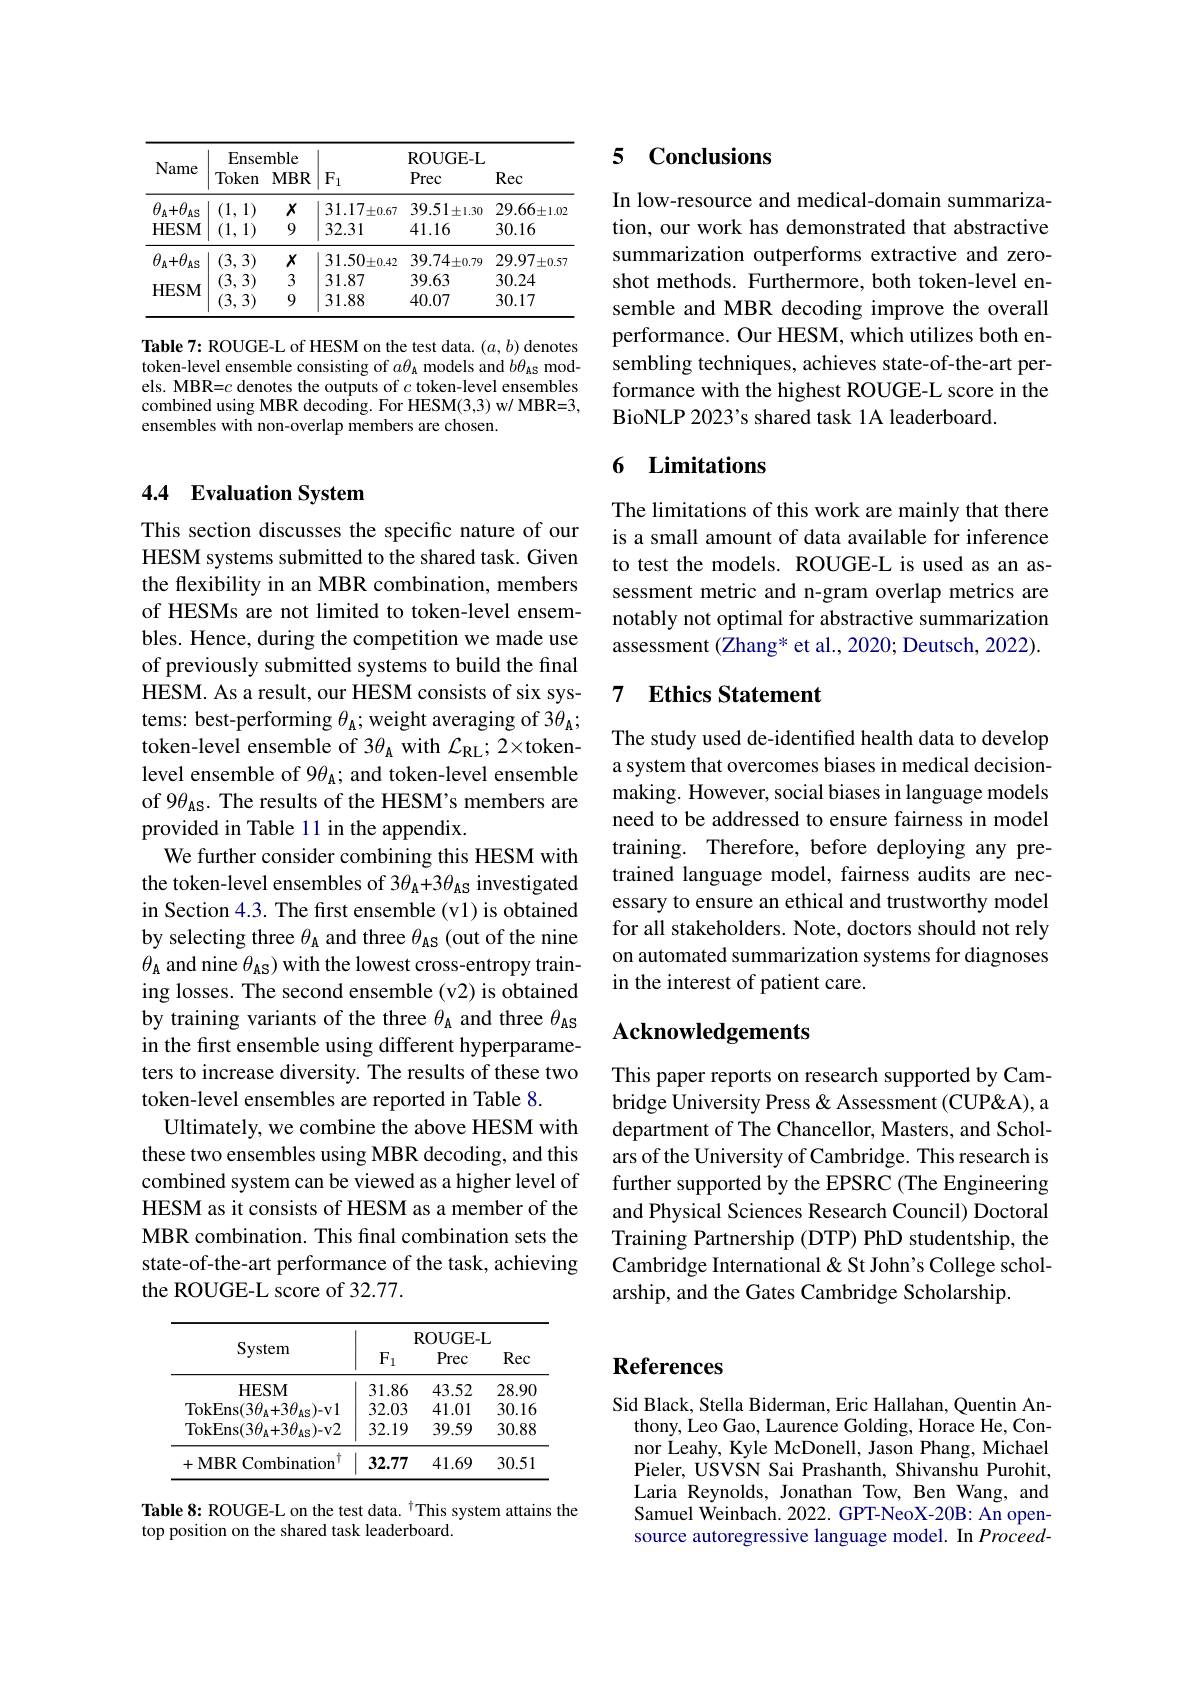
<table>
	<tbody>
		<tr>
			<th>Name</th>
			<th>Ense Token</th>
			<th>mble $MBR$</th>
			<th>$F_{1}$</th>
			<th>ROUGE- L Prec</th>
			<th>Rec</th>
		</tr>
		<tr>
			<td>$\theta_{\mathrm{A}}+\theta_{\mathrm{I}}$ $AS$</td>
			<td>(3,3)</td>
			<td>$X$</td>
			<td>$31.50_{\pm0.42}$</td>
			<td>$39.74\pm0.79$</td>
			<td>29.97 $\pm0.57$</td>
		</tr>
		<tr>
			<td rowspan="3">HESM</td>
			<td>(3,3)</td>
			<td>3</td>
			<td>31.87</td>
			<td>39.63</td>
			<td>30.24</td>
		</tr>
		<tr>
			<td>(3, 3) (3,1) 3) </td>
			<td>3 9</td>
			<td>31.87 31.88</td>
			<td>39.63 40.07</td>
			<td>30.24 30.17</td>
		</tr>
		<tr>
			<td>(3,3)</td>
			<td>9</td>
			<td>31.88</td>
			<td>40.07</td>
			<td>30.17</td>
		</tr>
	</tbody>
</table>

Table 7: ROUGE-L of HESM on the test data. ($a,b)$ denotes token-level ensemble consisting of $a\theta_\mathrm{A}$ models and $b\theta_\mathrm{AS}$ models. MBR=$c$ denotes the outputs of $c$ token-level ensembles combined using MBR decoding. For HESM(3,3) w/ MBR=3, ensembles with non-overlap members are chosen.

## 4.4 Evaluation System

This section discusses the specific nature of our HESM systems submitted to the shared task. Given the flexibility in an MBR combination, members of HESMs are not limited to token-level ensembles. Hence, during the competition we made use of previously submitted systems to build the final HESM. As a result, our HESM consists of six systems: best-performing $\theta_{\mathrm{A}};$ weight averaging of 3$\theta_{\mathrm{A}};$ token-level ensemble of 3$\theta_\mathrm{A}$ with $\mathcal{L}_\mathrm{RL};2\times$tokenlevel ensemble of 9$\theta_\mathrm{A};$ and token-level ensemble of 9$\theta_\mathrm{AS}.$ The results of the HESM's members are provided in Table 11 in the appendix.
We further consider combining this HESM with the token-level ensembles of 3$\theta_\mathrm{A}+3\theta_\mathrm{AS}$ investigated in Section 4.3. The first ensemble (v1) is obtained by selecting three $\theta_\mathrm{A}$ and three $\theta_\mathrm{AS}$ (out of the nine $\theta_{\mathrm{A}}$ and nine $\theta_\mathrm{AS}$) with the lowest cross-entropy training losses. The second ensemble (v2) is obtained by training variants of the three $\theta_\mathrm{A}$ and three $\theta_\mathrm{AS}$ in the frst ensemble using different hyperparameters to increase diversity. The results of these two token-level ensembles are reported in Table 8.
Ultimately, we combine the above HESM with these two ensembles using MBR decoding, and this combined system can be viewed as a higher level of HESM as it consists of HESM as a member of the MBR combination. This final combination sets the state-of-the-art performance of the task, achieving the ROUGE-L score of 32.77.

<table>
	<tbody>
		<tr>
			<th>System</th>
			<th>$\mathbf{F}$ $F_1$</th>
			<th>ROUGE- P Prec</th>
			<th>L Rec</th>
		</tr>
		<tr>
			<th> </th>
			<th colspan="3">ROUGE-L</th>
		</tr>
		<tr>
			<th>System</th>
			<th>$\mathbf{F}$ $F_{1}$</th>
			<th>ROUGE- Prec</th>
			<th>L Rec</th>
		</tr>
		<tr>
			<td>HESM</td>
			<td>31.86</td>
			<td>43.52</td>
			<td>28.90</td>
		</tr>
		<tr>
			<td>TokEns$( 3\theta _{\mathrm{A} }+ 3\theta _{\mathrm{AS}}) -$v1</td>
			<td>32.03</td>
			<td>41.01</td>
			<td>30.16</td>
		</tr>
		<tr>
			<td>TokEns$( 3\theta _{\mathrm{A} }+ 3\theta _{\mathrm{AS}}) -$v2</td>
			<td>32.19</td>
			<td>39.59</td>
			<td>30.88</td>
		</tr>
		<tr>
			<td>$\mathbf{MBR}$ .Combination 4 </td>
			<td>32.77</td>
			<td>41.69</td>
			<td>30.51</td>
		</tr>
	</tbody>
</table>

Table 8: ROUGE-L on the test data. $^{\dagger}$This system attains the
top position on the shared task leaderboard.

## 5 Conclusions

In low-resource and medical-domain summarization, our work has demonstrated that abstractive summarization outperforms extractive and zeroshot methods. Furthermore, both token-level ensemble and MBR decoding improve the overall performance. Our HESM, which utilizes both ensembling techniques, achieves state-of-the-art performance with the highest ROUGE-L score in the BioNLP 2023's shared task 1A leaderboard.

## 6 Limitations

The limitations of this work are mainly that there is a small amount of data available for inference to test the models. ROUGE-L is used as an assessment metric and n-gram overlap metrics are notably not optimal for abstractive summarization assessment (Zhang* et al., 2020; Deutsch, 2022).

## 7 Ethics Statement

The study used de-identified health data to develop a system that overcomes biases in medical decisionmaking. However, social biases in language models need to be addressed to ensure fairness in model training. Therefore, before deploying any pretrained language model, fairness audits are necessary to ensure an ethical and trustworthy model for all stakeholders. Note, doctors should not rely on automated summarization systems for diagnoses in the interest of patient care.

## Acknowledgements

This paper reports on research supported by Cambridge University Press& Assessment (CUP&A), a department of The Chancellor, Masters, and Scholars of the University of Cambridge. This research is further supported by the EPSRC (The Engineering and Physical Sciences Research Council) Doctoral Training Partnership (DTP) PhD studentship, the Cambridge International & St John's College scholarship, and the Gates Cambridge Scholarship.

# References

Sid Black, Stella Biderman, Eric Hallahan, Quentin An-
thony, Leo Gao, Laurence Golding, Horace He, Connor Leahy, Kyle McDonell, Jason Phang, Michael Pieler, USVSN Sai Prashanth, Shivanshu Purohit, Laria Reynolds, Jonathan Tow, Ben Wang, and Samuel Weinbach. 2022. GPT-NeoX-20B: An opensource autoregressive language model. In Proceed-